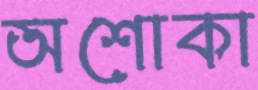
অশোকা